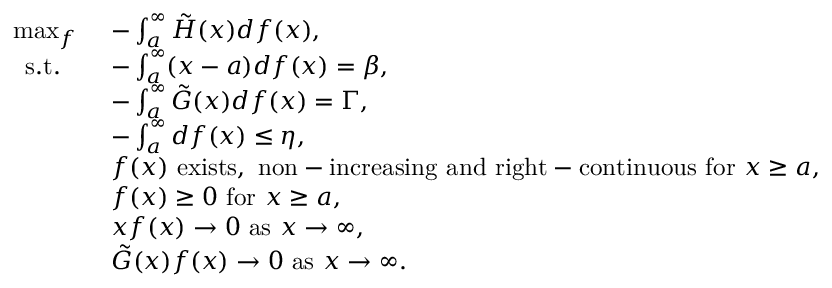
\begin{array} { r l } { \operatorname* { m a x } _ { f } \ } & { - \int _ { a } ^ { \infty } \tilde { H } ( x ) d f ( x ) , } \\ { \mathrm { ~ s . t . ~ } \ \ } & { - \int _ { a } ^ { \infty } ( x - a ) d f ( x ) = \beta , } \\ & { - \int _ { a } ^ { \infty } \tilde { G } ( x ) d f ( x ) = \Gamma , } \\ & { - \int _ { a } ^ { \infty } d f ( x ) \leq \eta , } \\ & { f ( x ) \ \mathrm { e x i s t s , ~ n o n - i n c r e a s i n g ~ a n d ~ r i g h t - c o n t i n u o u s ~ f o r ~ } x \geq a , } \\ & { f ( x ) \geq 0 \ \mathrm { f o r } \ x \geq a , } \\ & { x f ( x ) \rightarrow 0 \ \mathrm { a s } \ x \rightarrow \infty , } \\ & { \tilde { G } ( x ) f ( x ) \rightarrow 0 \ \mathrm { a s } \ x \rightarrow \infty . } \end{array}